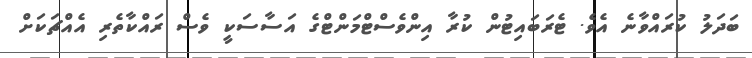
ބަދަލު ކުރައްވާނެ އެވެ. ޓެރަބައިޓުން ކުރާ އިންވެސްޓްމަންޓްގެ އަސާސަކީ ވެސް ރައްކާތެރި އެއްޗަކަށް